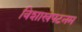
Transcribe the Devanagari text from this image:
विशाखपटनम